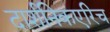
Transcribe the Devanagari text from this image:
दार्शनिकएरिच